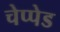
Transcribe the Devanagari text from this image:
चेप्पेड